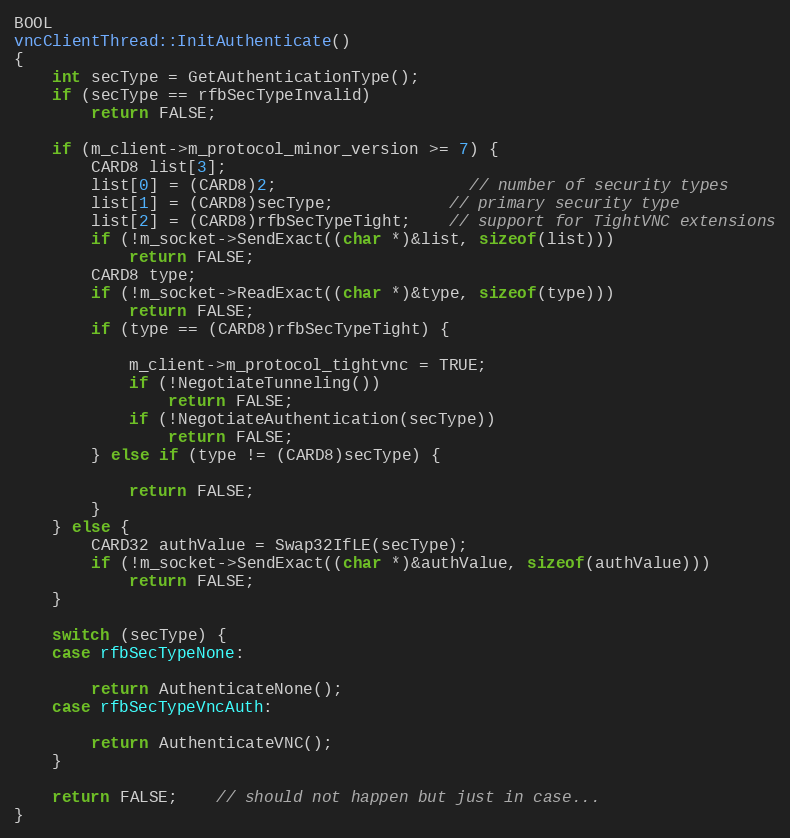
Language: C++
BOOL
vncClientThread::InitAuthenticate()
{
	int secType = GetAuthenticationType();
	if (secType == rfbSecTypeInvalid)
		return FALSE;

	if (m_client->m_protocol_minor_version >= 7) {
		CARD8 list[3];
		list[0] = (CARD8)2;					// number of security types
		list[1] = (CARD8)secType;			// primary security type
		list[2] = (CARD8)rfbSecTypeTight;	// support for TightVNC extensions
		if (!m_socket->SendExact((char *)&list, sizeof(list)))
			return FALSE;
		CARD8 type;
		if (!m_socket->ReadExact((char *)&type, sizeof(type)))
			return FALSE;
		if (type == (CARD8)rfbSecTypeTight) {

			m_client->m_protocol_tightvnc = TRUE;
			if (!NegotiateTunneling())
				return FALSE;
			if (!NegotiateAuthentication(secType))
				return FALSE;
		} else if (type != (CARD8)secType) {

			return FALSE;
		}
	} else {
		CARD32 authValue = Swap32IfLE(secType);
		if (!m_socket->SendExact((char *)&authValue, sizeof(authValue)))
			return FALSE;
	}

	switch (secType) {
	case rfbSecTypeNone:

		return AuthenticateNone();
	case rfbSecTypeVncAuth:

		return AuthenticateVNC();
	}

	return FALSE;	// should not happen but just in case...
}